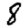
Digit: 8